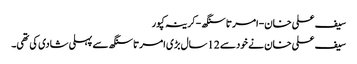
سیف علی خان-امرتا سنگھ -کرینہ کپور
سیف علی خان نے خودسے 12سال بڑی امرتاسنگھ سے پہلی شادی کی تھی۔